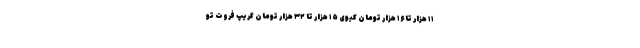
۱۱ هزار تا ۱۶ هزار تومان کیوی ۱۵ هزار تا ۳۲ هزار تومان گریپ فروت تو